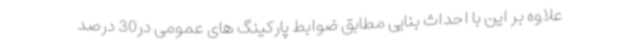
علاوه بر این با احداث بنایی مطابق ضوابط پارکینگ های عمومی در30 درصد